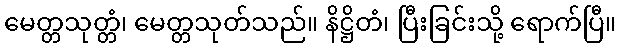
မေတ္တသုတ္တံ၊ မေတ္တသုတ်သည်။ နိဋ္ဌိတံ၊ ပြီးခြင်းသို့ ရောက်ပြီ။